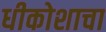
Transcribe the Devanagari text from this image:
धीकोशाचा